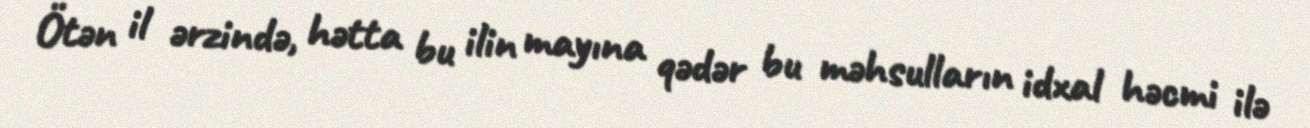
Ötən il ərzində, hətta bu ilin mayına qədər bu məhsulların idxal həcmi ilə